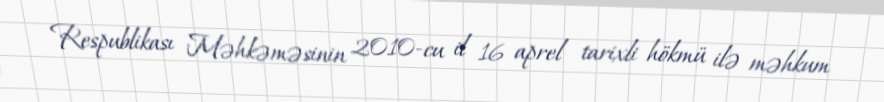
Respublikası Məhkəməsinin 2010-cu il 16 aprel tarixli hökmü ilə məhkum